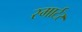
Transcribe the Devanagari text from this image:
स्मार्टर